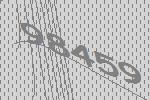
98459